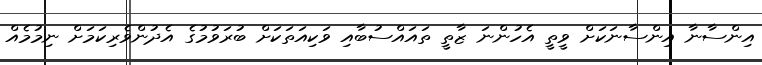
އިންސާނާ އިންސާނަކަށް ވީތީ އެހުންނަ ޒާތީ ތައައްސުބާއި ވަކިއަތަކަށް ބުރަވުމުގެ އެދުންވެރިކަމަށް ނިމުމެއް